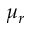
\mu _ { r }